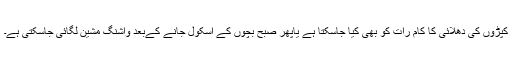
کپڑوں کی دُھلائی کا کام رات کو بھی کیا جاسکتا ہے یاپھر صبح بچوں کے اسکول جانے کےبعد واشنگ مشین لگائی جاسکتی ہے۔